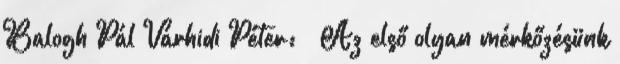
Balogh Pál Várhidi Péter: – Az első olyan mérkőzésünk